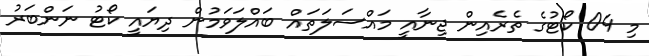
މި 04 ކޯޓުގެ ތެރެއިން ޖިނާއީ މައްސަލަތައް ބައްލަވަމުން ދިޔައީ ކޯޓު ނަންބަރު